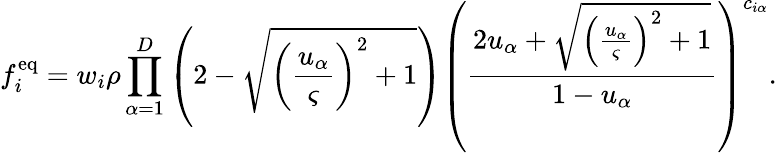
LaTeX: f_{i}^{\mathrm{eq}}=w_{i}\rho\prod_{\alpha=1}^{D}\left(2-\sqrt{{\left(\frac{u_{\alpha}}{\varsigma}\right)}^{2}+1}\right){\left(\frac{2u_{\alpha}+\sqrt{{\left(\frac{u_{\alpha}}{\varsigma}\right)}^{2}+1}}{1-u_{\alpha}}\right)}^{c_{i\alpha}}.